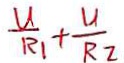
\frac { U } { R _ { 1 } } + \frac { U } { R _ { 2 } }